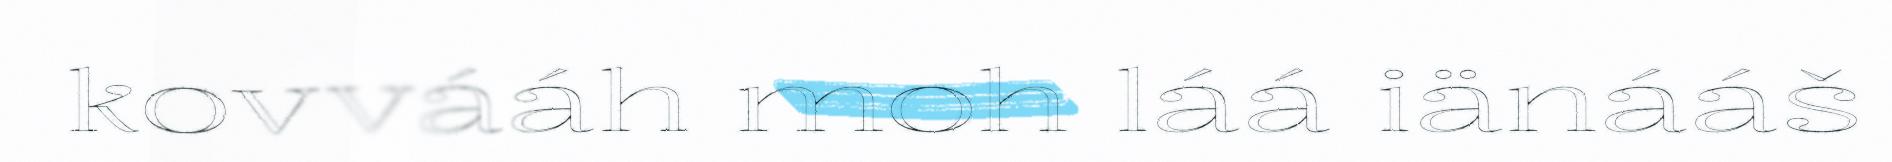
kovvááh moh láá iänááš